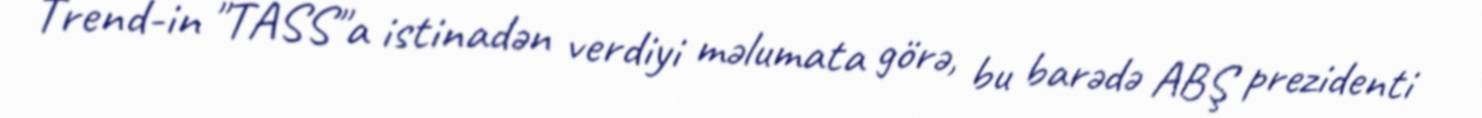
Trend-in "TASS"a istinadən verdiyi məlumata görə, bu barədə ABŞ prezidenti